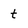
Character: t